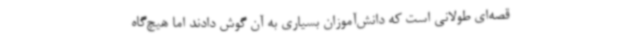
قصه‌ای طولانی است که دانش‌آموزان بسیاری به آن گوش دادند اما هیچ‌گاه